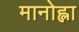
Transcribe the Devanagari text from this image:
मानोह्ला